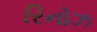
રિનોઝ